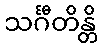
သင်္ဂီတိန္တိ